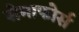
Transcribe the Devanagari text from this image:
सेमाफोर्स